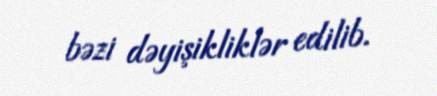
bəzi dəyişikliklər edilib.